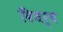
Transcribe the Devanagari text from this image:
विधर्व